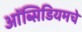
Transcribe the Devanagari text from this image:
ऑब्सिडियमचे